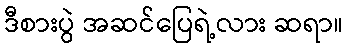
ဒီစားပွဲ အဆင်ပြေရဲ့လား ဆရာ။